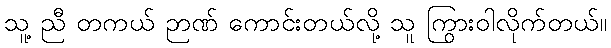
သူ့ ညီ တကယ် ဉာဏ် ကောင်းတယ်လို့ သူ ကြွားဝါလိုက်တယ်။